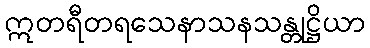
ဣတရီတရသေနာသနသန္တုဋ္ဌိယာ